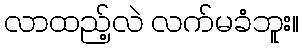
လာထည့်လဲ လက်မခံဘူး။